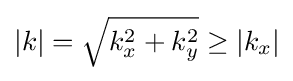
\left\vert k\right\vert ={\sqrt {k_{x}^{2}+k_{y}^{2}}}\geq \left\vert k_{x}\right\vert